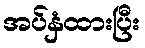
အပ်နှံထားပြီး